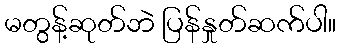
မတွန့်ဆုတ်ဘဲ ပြန်နှုတ်ဆက်ပါ။